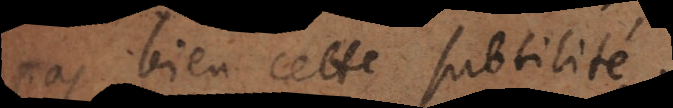
pas bien cette subtilité.